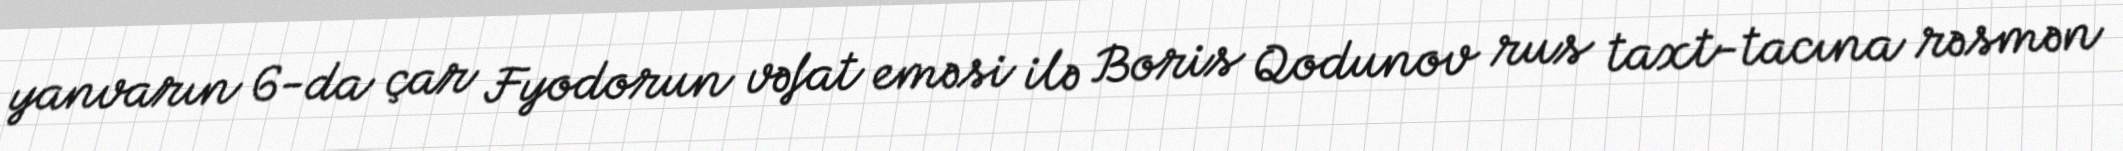
yanvarın 6-da çar Fyodorun vəfat eməsi ilə Boris Qodunov rus taxt-tacına rəsmən